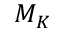
M _ { K }